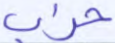
حزب